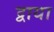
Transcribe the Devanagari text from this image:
द्वाया